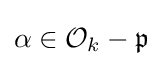
\alpha \in {\mathcal {O}}_{k}-{\mathfrak {p}}